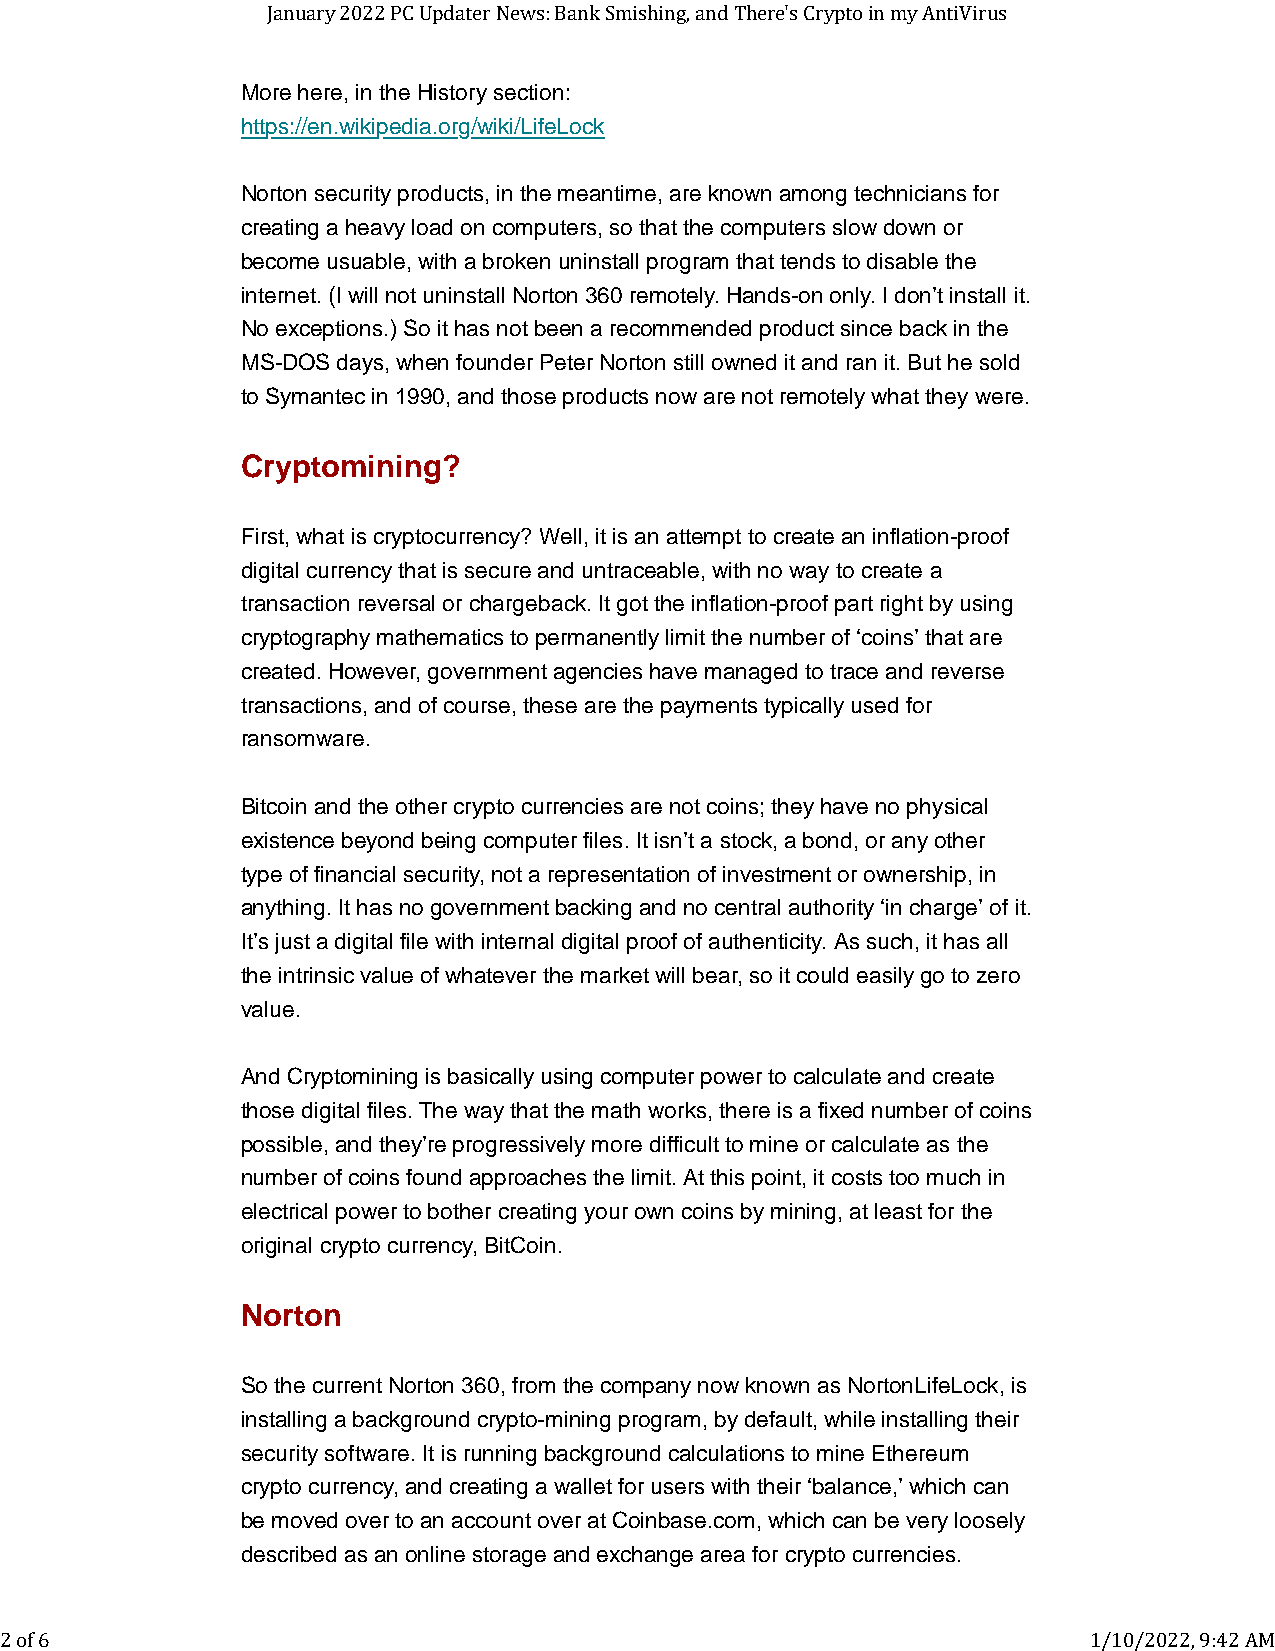
January 2022 PC Updater News: Bank Smishing, and There's Crypto in my AntiVirus
 More here, in the History section:
 https://en.wikipedia.org/wiki/LifeLock
 Norton security products, in the meantime, are known among technicians for
 creating a heavy load on computers, so that the computers slow down or
 become usuable, with a broken uninstall program that tends to disable the
 internet. (I will not uninstall Norton 360 remotely. Hands-on only. I don’t install it.
 No exceptions.) So it has not been a recommended product since back in the
 MS-DOS days, when founder Peter Norton still owned it and ran it. But he sold
 to Symantec in 1990, and those products now are not remotely what they were.
 Cryptomining?
 First, what is cryptocurrency? Well, it is an attempt to create an inflation-proof
 digital currency that is secure and untraceable, with no way to create a
 transaction reversal or chargeback. It got the inflation-proof part right by using
 cryptography mathematics to permanently limit the number of ‘coins’ that are
 created. However, government agencies have managed to trace and reverse
 transactions, and of course, these are the payments typically used for
 ransomware.
 Bitcoin and the other crypto currencies are not coins; they have no physical
 existence beyond being computer files. It isn’t a stock, a bond, or any other
 type of financial security, not a representation of investment or ownership, in
 anything. It has no government backing and no central authority ‘in charge’ of it.
 It’s just a digital file with internal digital proof of authenticity. As such, it has all
 the intrinsic value of whatever the market will bear, so it could easily go to zero
 value.
 And Cryptomining is basically using computer power to calculate and create
 those digital files. The way that the math works, there is a fixed number of coins
 possible, and they’re progressively more difficult to mine or calculate as the
 number of coins found approaches the limit. At this point, it costs too much in
 electrical power to bother creating your own coins by mining, at least for the
 original crypto currency, BitCoin.
 Norton
 So the current Norton 360, from the company now known as NortonLifeLock, is
 installing a background crypto-mining program, by default, while installing their
 security software. It is running background calculations to mine Ethereum
 crypto currency, and creating a wallet for users with their ‘balance,’ which can
 be moved over to an account over at Coinbase.com, which can be very loosely
 described as an online storage and exchange area for crypto currencies.
 2 of 6                                                                  1/10/2022, 9:42 AM